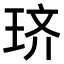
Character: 𫞦